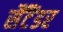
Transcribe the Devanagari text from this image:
सैंटैंडर